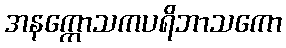
အနက္ကောသကပရိဘာသကော